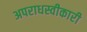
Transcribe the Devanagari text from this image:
अपराधस्वीकारी